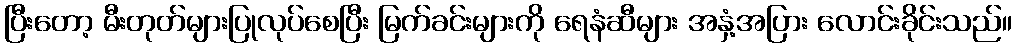
ပြီးတော့ မီးတုတ်များပြုလုပ်စေပြီး မြက်ခင်းများကို ရေနံဆီများ အနှံ့အပြား လောင်းခိုင်းသည်။